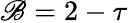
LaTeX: \mathscr{B}=2-\tau